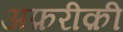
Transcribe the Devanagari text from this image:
अफ़रीक़ी